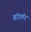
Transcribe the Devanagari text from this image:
बॉडमॅन